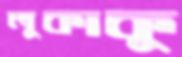
লুকাকু